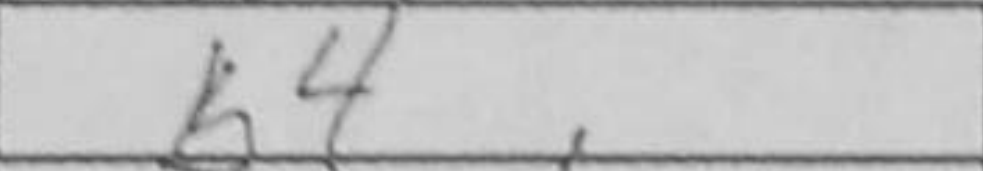
Transcription: b4